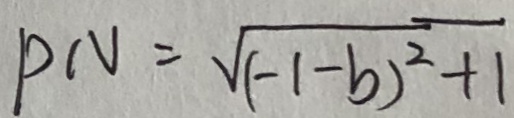
P N = \sqrt { ( - 1 - b ) ^ { 2 } + 1 }